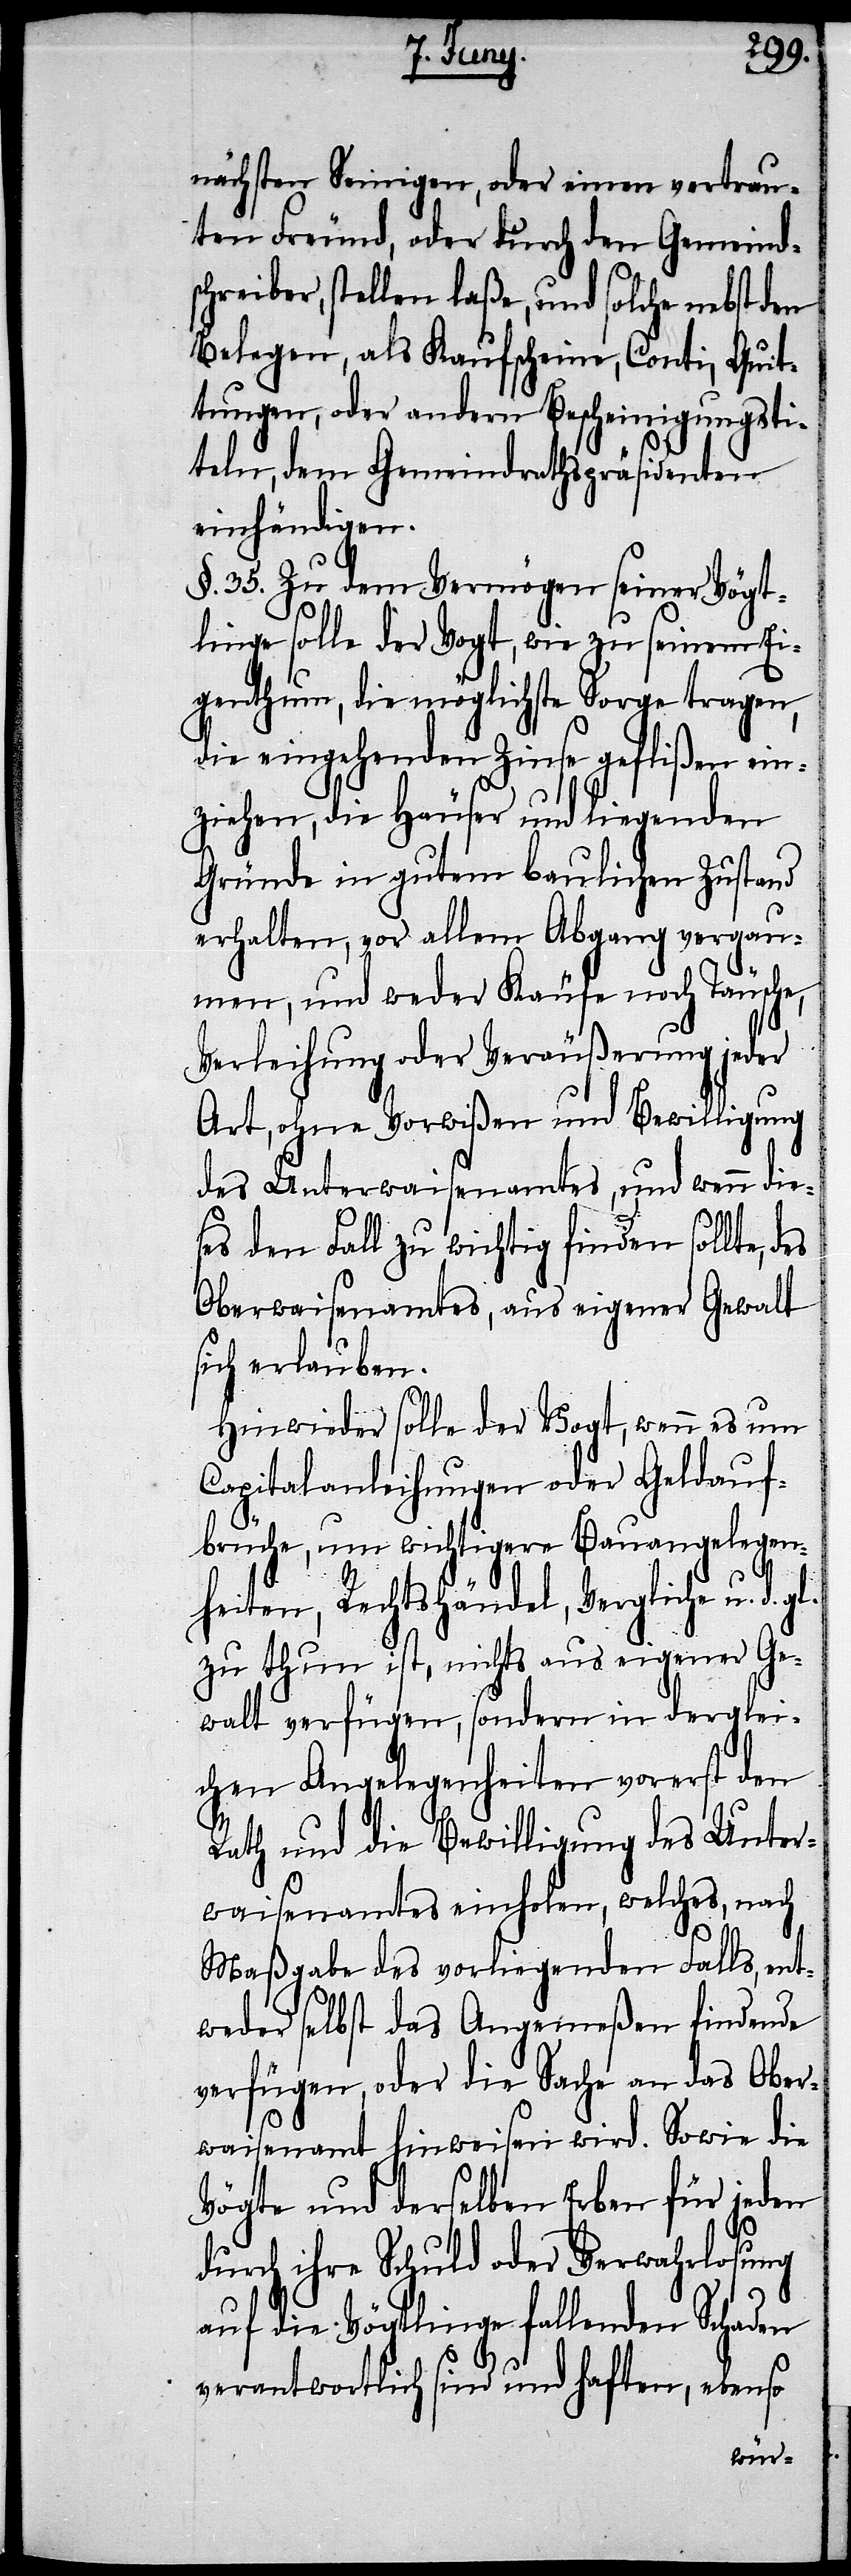
nächsten Seinigen, oder einen vertrau¬
ten Freund, oder durch den Gemeinds¬
chreiber, stellen laße, und solche nebst den
Belegen, als Kaufscheine, Conti, Quit¬
tungen, oder andern Bescheinigungsti¬
teln, dem Gemeindrathspräsidenten
einhändigen.
§. 35. Zu dem Vermögen seiner Vögt¬
linge solle der Vogt, wie zu seinem Ei¬
genthum, die möglichste Sorge tragen,
die eingehenden Zinse geflißen ein¬
ziehen, die Häuser und liegenden
Gründe in gutem baulichen Zustand
erhalten, vor allem Abgang vergau¬
men, und weder Käufe noch Täusche,
Verleihung oder Veräußerung jeder
Art, ohne Vorwißen und Bewilligung
des Unterwaisenamtes, und wenn die¬
ses den Fall zu wichtig finden sollte,
Oberwaisenamtes, aus eigener Gewalt
sich erlauben.
Hinwieder solle der Vogt, wenn es um
Capitalanleihungen oder Geldauf¬
brüche, um wichtigere Bauangelegen¬
heiten, Rechtshändel, Vergliche u. d.
zu thun ist, nichts aus eigener Ge¬
walt verfügen, sondern in derglei¬
chen Angelegenheiten vorerst den
Rath und die Bewilligung des Unter¬
waisenamtes einholen, welches, nach
Maßgabe des vorliegenden Falls, ent¬
weder selbst das Angemeßen findende
verfügen, oder die Sache an das Ober¬
waisenamt hinweisen wird. Sowie die
Vögte und derselben Erben für jeden
durch ihre Schuld oder Verwahrlosung
auf die Vögtlinge fallenden Schaden
verantwortlich sind und haften, ebenso